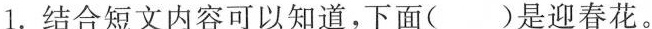
1.结合短文内容可以知道，下面( )是迎春花。